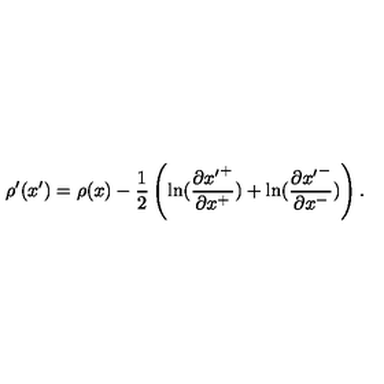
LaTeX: \rho ^ { \prime } ( x ^ { \prime } ) = \rho ( x ) - \frac { 1 } { 2 } \left( \ln ( \frac { \partial { x ^ { \prime } } ^ { + } } { \partial x ^ { + } } ) + \ln ( \frac { \partial { x ^ { \prime } } ^ { - } } { \partial x ^ { - } } ) \right) .